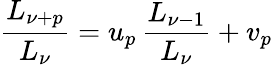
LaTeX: \frac{L_{\nu+p}}{L_{\nu}}=u_{p}\, \frac{L_{\nu-1}}{L_{\nu}}+v_{p}